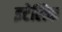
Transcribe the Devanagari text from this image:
इटेलिक